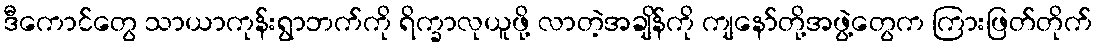
ဒီကောင်တွေ သာယာကုန်းရွာဘက်ကို ရိက္ခာလုယူဖို့ လာတဲ့အချိန်ကို ကျနော်တို့အဖွဲ့တွေက ကြားဖြတ်တိုက်